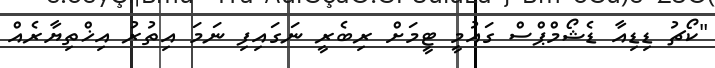
"ކޯޗު ޑިޑިއާ ޑެޝޯމްޕްސް ގައުމީ ޓީމަށް ރިބެރީ ނަގައިފި ނަމަ އިތުރު އިޚްތިޔާރެއް